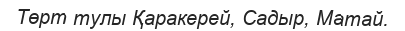
Төрт тулы Қаракерей, Садыр, Матай.